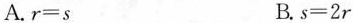
A.$$r=s$$ B.$$s=2r$$